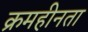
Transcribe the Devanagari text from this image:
क्रमहीनता